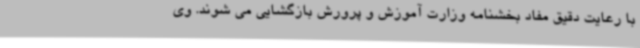
با رعایت دقیق مفاد بخشنامه وزارت آموزش و پرورش بازگشایی می شوند. وی